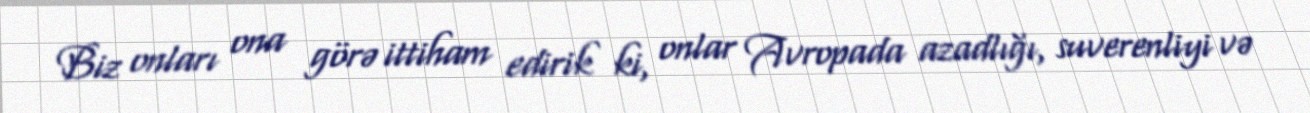
Biz onları ona görə ittiham edirik ki, onlar Avropada azadlığı, suverenliyi və